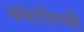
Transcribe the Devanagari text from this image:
बफेतिम्बी